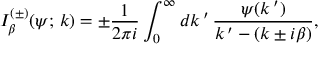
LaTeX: I _ { \beta } ^ { ( \pm ) } ( \psi ; \, k ) = \pm \frac { 1 } { 2 \pi i } \int _ { 0 } ^ { \infty } d k \, ^ { \prime } \, \frac { \psi ( k \, ^ { \prime } ) } { k \, ^ { \prime } - ( k \pm i \beta ) } ,